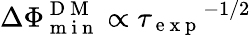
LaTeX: \Delta\Phi_{\mathrm{~m~i~n~}}^{\mathrm{~D~M~}}\propto{\tau_{\mathrm{~e~x~p~}}}^{-1/2}